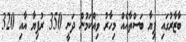
ބާޒާރުގައި ފިޔާ ބަސްތާއެއް މިހާރު ވިއްކަމުން ދަނީ 350 ރުފިޔާ އާއި 320